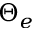
\Theta _ { e }